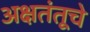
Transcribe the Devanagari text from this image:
अक्षतंतूचे